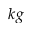
k g